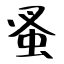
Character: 蚤